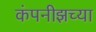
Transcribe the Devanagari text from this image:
कंपनीझच्या